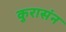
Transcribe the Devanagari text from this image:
कुरासंन